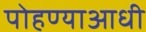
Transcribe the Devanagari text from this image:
पोहण्याआधी